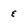
Character: e